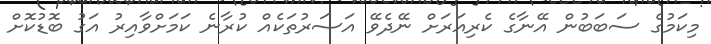
މިކަމުގެ ސަބަބުން އޭނާގެ ކެރިއަރަށް ނޭދެވޭ އަސަރުތަކެއް ކުރާނެ ކަމަށްވާއިރު އަގު ބޮޑުކޮށް